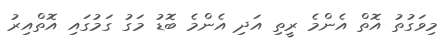
މިވަގުތު އޮތް އެންމެ ރީތި އަދި އެންމެ ބޮޑު މަގު ގަމުގައި އޮތްއިރު